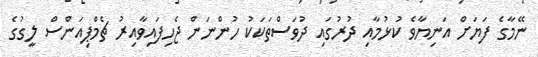
ނޭމާގެ ފަޔަށް އަނިޔާވެ ކުޅުމާއި ދުރުގައި ދުވަސްތަކަކު ހުންނަން ޖެހިފައިވާއިރު ޗެމްޕިއަންސް ލީގުގެ